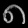
Digit: ၈